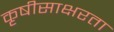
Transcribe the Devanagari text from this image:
कृषीसाक्षरता